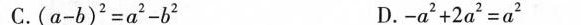
C.$$( a-b ) ^ { 2 } = a ^ { 2 }-b ^ { 2 }$$D. $$-a ^ { 2 } + 2 a ^ { 2 } =a ^{ 2 }$$